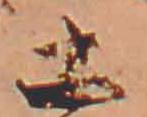
土